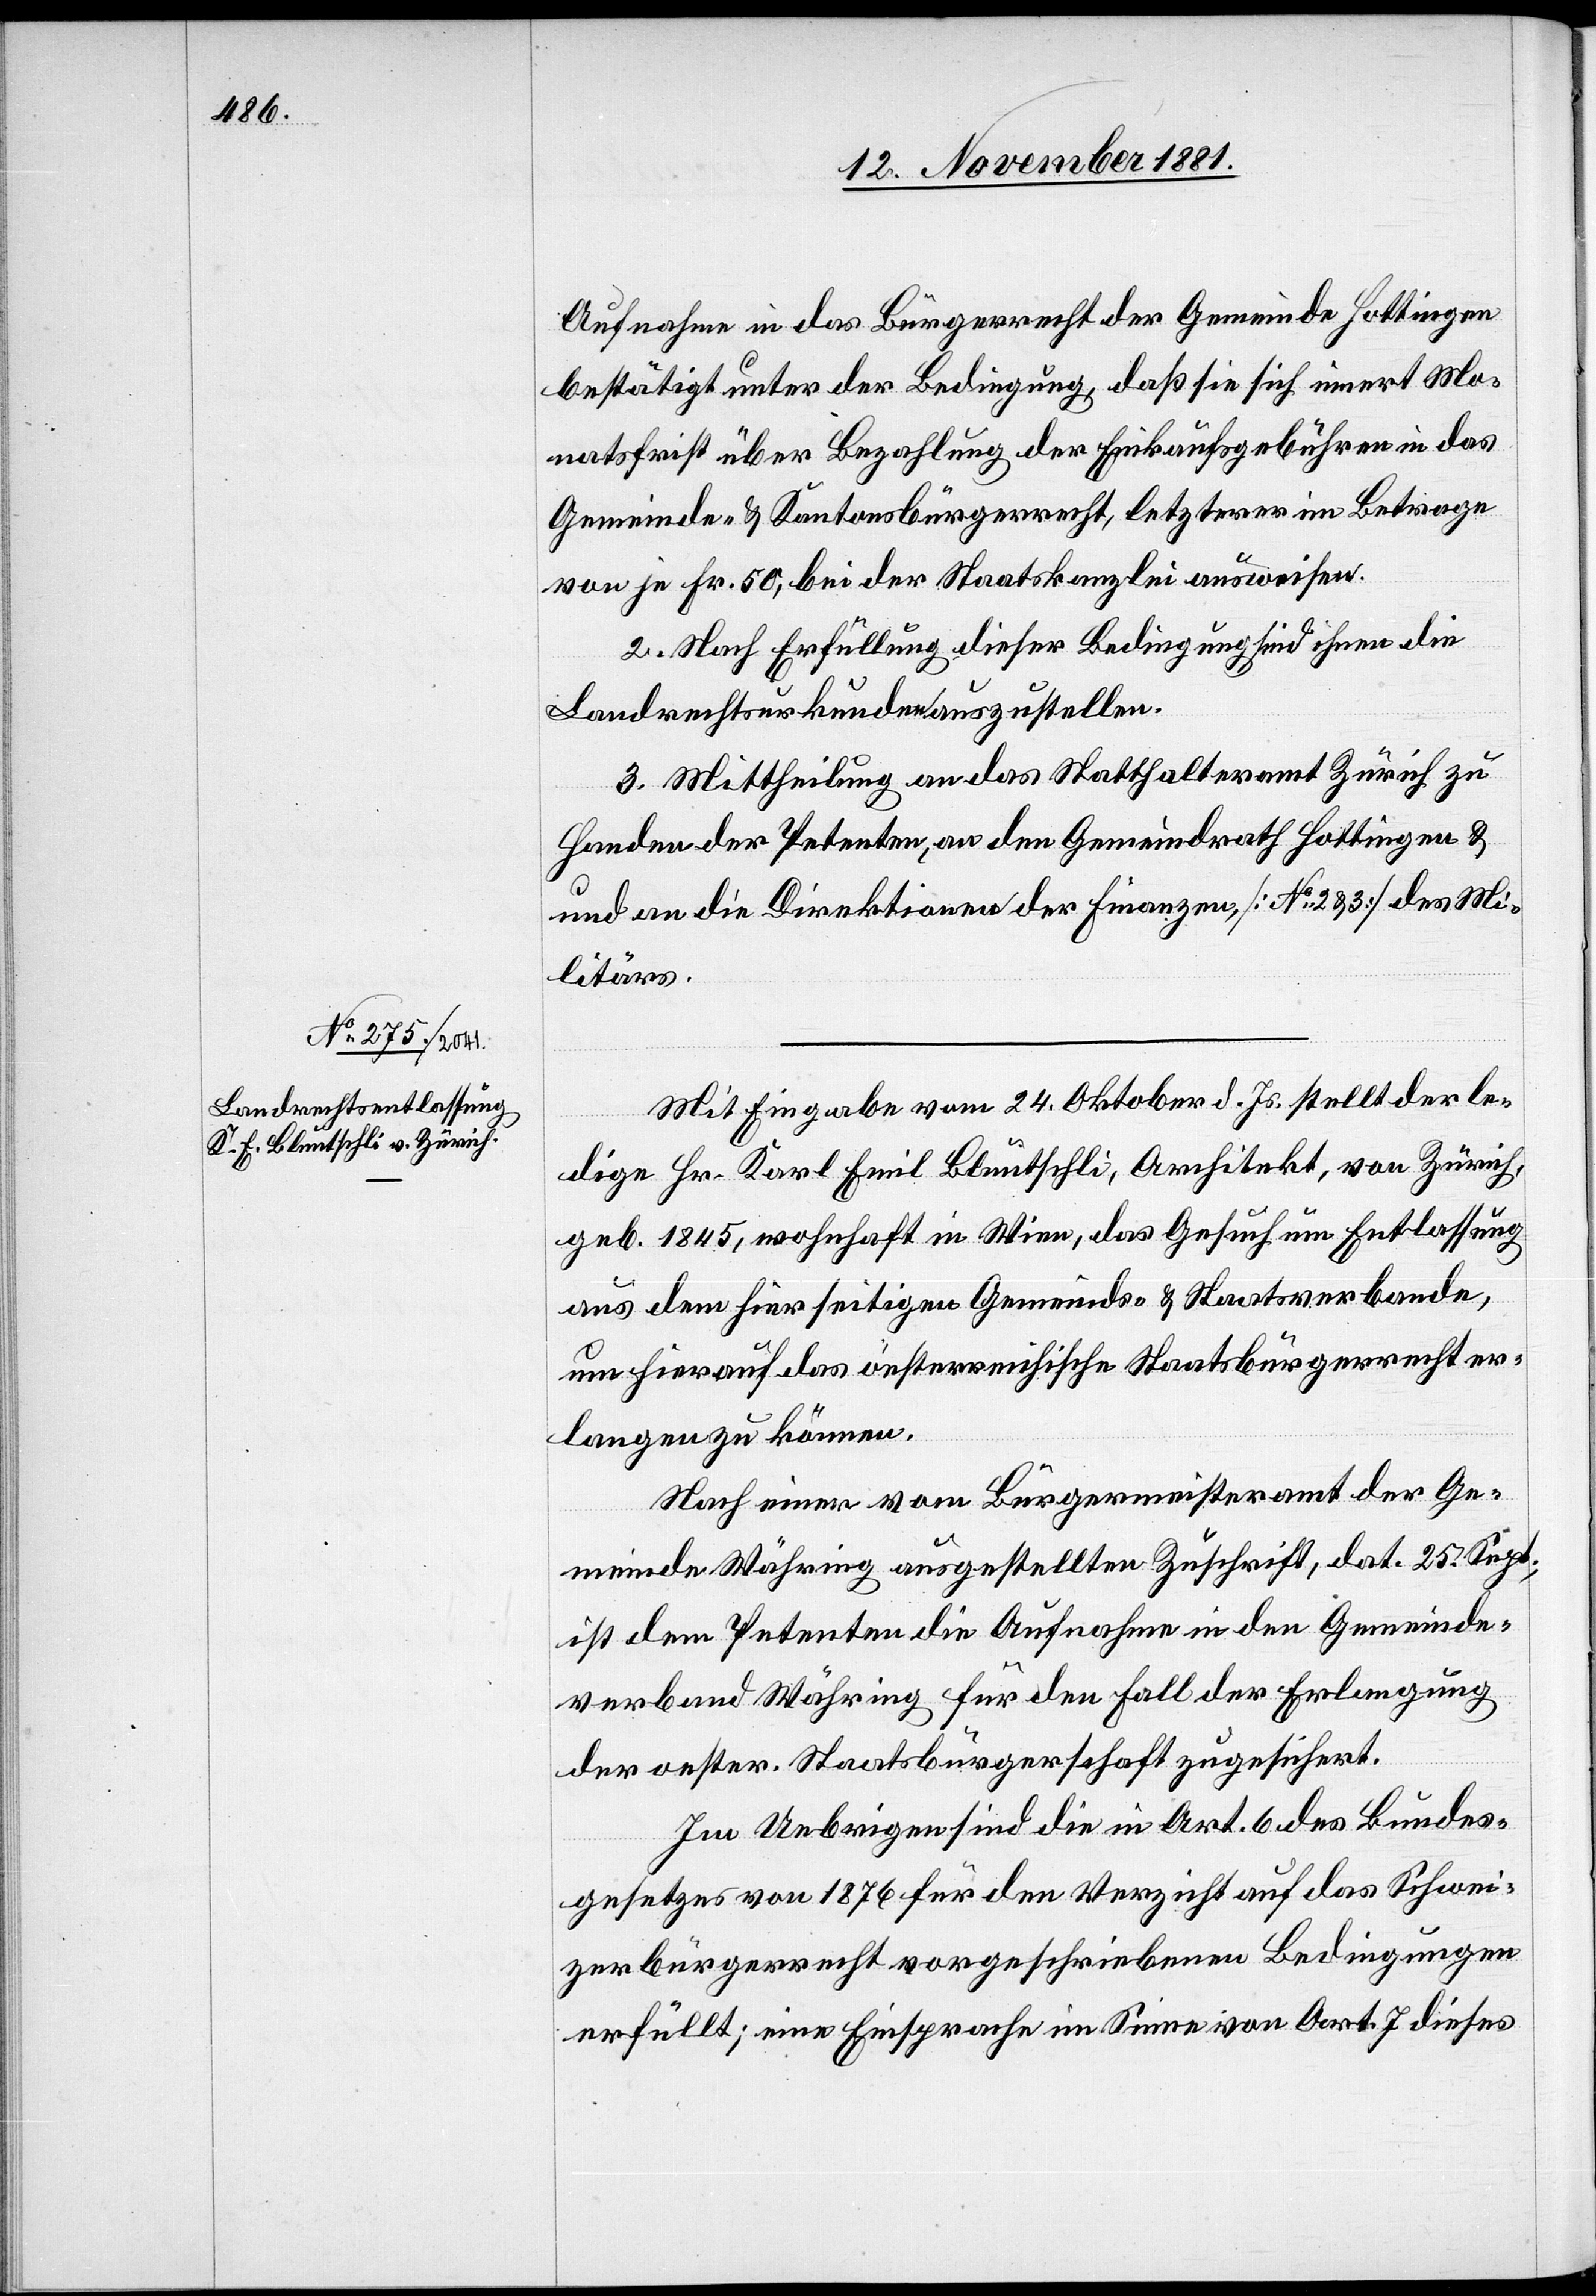
Aufnahme in das Bürgerrecht der Gemeinde Hottingen
bestätigt unter der Bedingung, daß sie sich innert Mo¬
natsfrist über Bezahlung der Einkaufsgebühren in das
Gemeinde- & Kantonsbürgerrecht, letzterer im Betrage
von je Fr. 50, bei der Staatskanzlei ausweisen.
2. Nach Erfüllung dieser Bedingung sind ihnen die
Landrechtsurkunden auszustellen.
3. Mittheilung an das Statthalteramt Zürich zu
Handen der Petenten, an den Gemeindrath Hottingen &
an die Direktionen der Finanzen, [No 2 & 3] des Mi¬
litärs.
Mit Eingabe vom 24. Oktober d. Js. stellt der le¬
dige Hr. Karl Emil Bluntschli, Architekt, von Zürich,
geb. 1845, wohnhaft in Wien, das Gesuch um Entlassung
aus dem hierseitigen Gemeinds- & Staatsverbande,
um hierauf das öesterreichische [sic!] Staatsbürgerrecht er¬
langen zu können.
Nach einer vom Bürgermeisteramt der Ge¬
meinde Währing ausgestellten Zuschrift, dat. 25. Sept.,
ist dem Petenten die Aufnahme in den Gemeinde¬
verband Währing für den Fall der Erlangung
der oester. Staatsbürgerschaft zugesichert.
Im Uebrigen sind die in Art. 6 des Bundes¬
gesetzes von 1876 für den Verzicht auf das Schwei¬
zerbürgerrecht vorgeschriebenen Bedingungen
erfüllt; eine Einsprache im Sinne von Art. 7 dieses